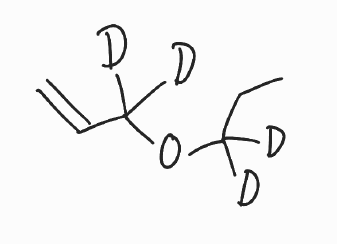
Simplified molecular-input line-entry system (SMILES) notation of the given molecule:
[2H]C([2H])(CC)OC([2H])([2H])C=C